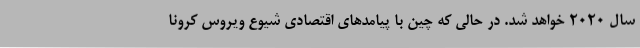
سال 2020 خواهد شد. در حالی که چین با پیامدهای اقتصادی شیوع ویروس کرونا